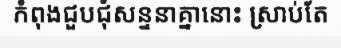
កំពុងជួបជុំសន្ទនាគ្នានោះ ស្រាប់តែ